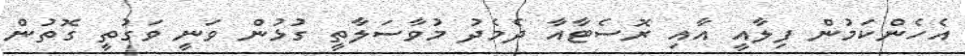
އެހެންކަމުން ފިލާއީ އާއި ރޮސެޓާއާ ދެމެދު މުވާސަލާތީ ގުޅުން ވަނީ ވަގުތީ ގޮތުން